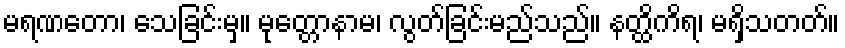
မရဏတော၊ သေခြင်းမှ။ မုတ္တောနာမ၊ လွတ်ခြင်းမည်သည်။ နတ္ထိကိရ၊ မရှိသတတ်။